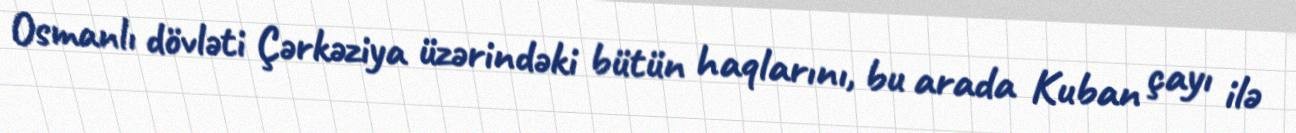
Osmanlı dövləti Çərkəziya üzərindəki bütün haqlarını, bu arada Kuban çayı ilə